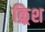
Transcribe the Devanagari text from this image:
क्र्रिश